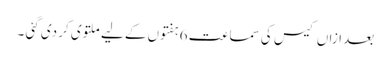
بعد ازاں کیس کی سماعت 6 ہفتوں کے لیے ملتوی کر دی گئی ۔